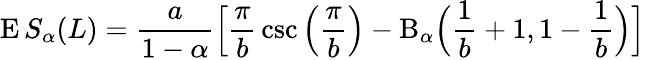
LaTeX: \operatorname{E}S_{\alpha}(L)={\frac{a}{1-\alpha}}{\Bigl[}{\frac{\pi}{b}}\csc{\Bigl(}{\frac{\pi}{b}}{\Bigr)}-\mathrm{B}_{\alpha}{\Bigl(}{\frac{1}{b}}+1,1-{\frac{1}{b}}{\Bigr)}{\Bigr]}